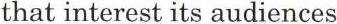
that interest its audiences